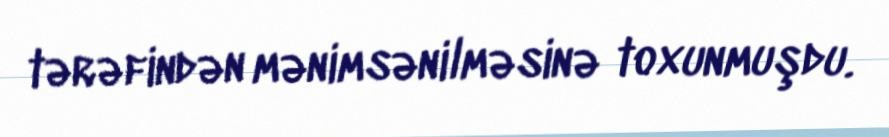
tərəfindən mənimsənilməsinə toxunmuşdu.